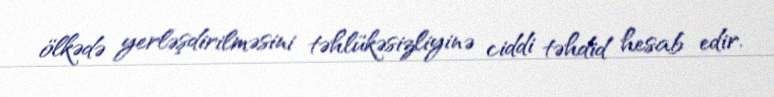
ölkədə yerləşdirilməsini təhlükəsizliyinə ciddi təhdid hesab edir.